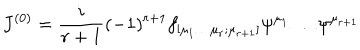
{ J } ^ { ( 0 ) } = \frac { i } { r + 1 } ( - 1 ) ^ { r + 1 } f _ { [ \mu _ { 1 } \dots \mu _ { r } ; \mu _ { r + 1 } ] } \psi ^ { \mu _ { 1 } } \dots \psi ^ { \mu _ { r + 1 } }